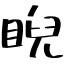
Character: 睨